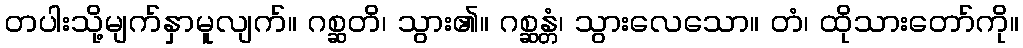
တပါးသို့မျက်နှာမူလျက်။ ဂစ္ဆတိ၊ သွား၏။ ဂစ္ဆန္တံ၊ သွားလေသော။ တံ၊ ထိုသားတော်ကို။